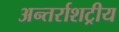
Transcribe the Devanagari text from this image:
अन्तर्राशट्रीय